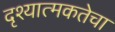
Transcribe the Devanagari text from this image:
दृश्यात्मकतेचा